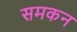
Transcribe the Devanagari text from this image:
समकन